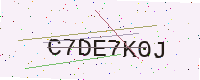
Text: C7DE7K0J